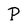
Character: P